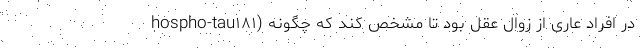
hospho-tau۱۸۱) در افراد عاری از زوال عقل بود تا مشخص کند که چگونه